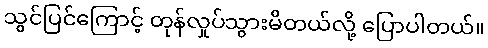
သွင်ပြင်ကြောင့် တုန်လှုပ်သွားမိတယ်လို့ ပြောပါတယ်။